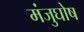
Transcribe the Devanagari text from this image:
मंजुघोष